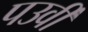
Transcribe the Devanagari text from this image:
पउर्वी